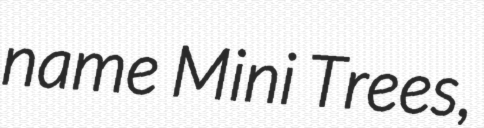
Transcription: name Mini Trees,